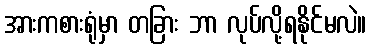
အားကစားရုံမှာ တခြား ဘာ လုပ်လို့ရနိုင်မလဲ။